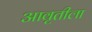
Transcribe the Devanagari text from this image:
आवृतीला